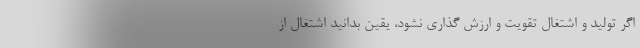
اگر تولید و اشتغال تقویت و ارزش گذاری نشود، یقین بدانید اشتغال از